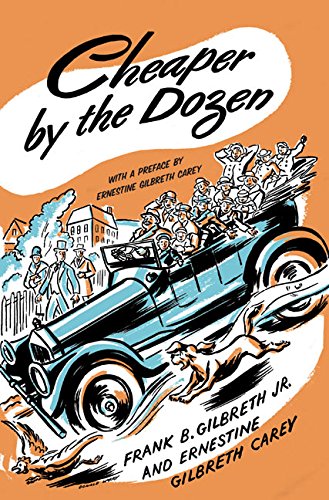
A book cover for Cheaper by the Dozen; Frank B. Gilbreth; Humor & Entertainment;